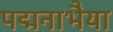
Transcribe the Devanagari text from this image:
पद्मनाभैया